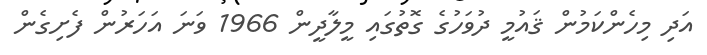
އަދި މިހެންކަމުން ޤައުމީ ދުވަހުގެ ގޮތުގައި މީލާދީން 1966 ވަނަ އަހަރުން ފެށިގެން